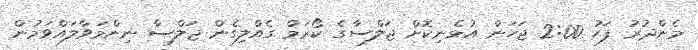
މެންދުރު ފަހު 2:00 ޖަހަން އުޅެނިކޮށް ޖަލްސާގެ ކޯރަމް ގެއްލިގެން ޖަލްސާ ނިންމަވާލައްވަމުން